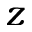
z